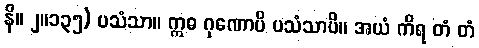
နိ။ ၂။၁၃၅) ပသံသာ။ ဣဓ ဂုဏောပိ ပသံသာပိ။ အယံ ကိရ တံ တံ